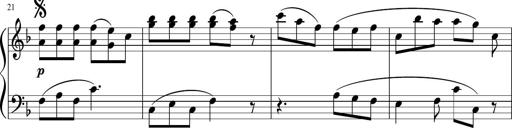
Title: 12 Keyboard Sonatinas
Composer: James Hook